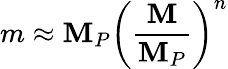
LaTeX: m\approx\mathbf{M}_{P}\left(\frac{{\mathbf{M}}}{{\mathbf{M}_{P}}}\right)^{n}